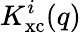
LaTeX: K_{\mathrm{xc}}^{i}(q)